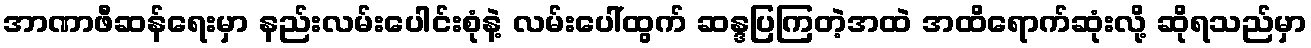
အာဏာဖီဆန်ရေးမှာ နည်းလမ်းပေါင်းစုံနဲ့ လမ်းပေါ်ထွက် ဆန္ဒပြကြတဲ့အထဲ အထိရောက်ဆုံးလို့ ဆိုရသည်မှာ